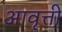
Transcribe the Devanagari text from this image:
अावृत्ती